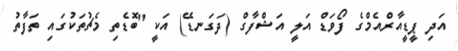
އަދި ޕީޑީއާރްއެމްގެ ފޯވަޑް އަލީ އަޝްފާގް (ދަގަނޑޭ) އަކީ "ބޮޑެތި މެޗުތަކުގައި ތަފާތު